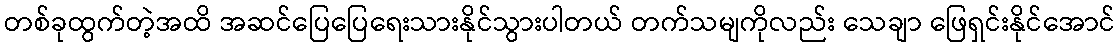
တစ်ခုထွက်တဲ့အထိ အဆင်ပြေပြေရေးသားနိုင်သွားပါတယ် တက်သမျကိုလည်း သေချာ ဖြေရှင်းနိုင်အောင်